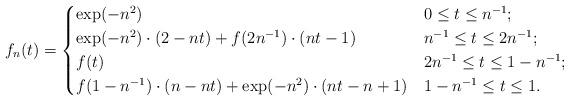
LaTeX: \begin{align*}f_n(t) = \begin{cases}\exp(-n^2) & 0 \le t \le n^{-1};\\\exp(-n^2) \cdot (2- nt) + f(2n^{-1}) \cdot (nt - 1)& n^{-1} \le t \le 2n^{-1}; \\f(t) & 2n^{-1} \le t \le 1- n^{-1};\\f(1 - n^{-1}) \cdot (n - nt) + \exp(-n^2) \cdot (nt - n + 1) & 1- n^{-1} \le t \le 1.\end{cases}\end{align*}